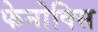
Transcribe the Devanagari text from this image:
फेनोक्सि